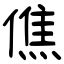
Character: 僬